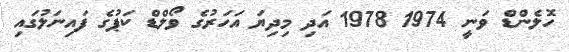
ހޮލެންޑް ވަނީ 1974 1978 އަދި މިދިޔަ އަހަރުގެ ވޯލްޑް ކަޕުގެ ފައިނަލުގައި